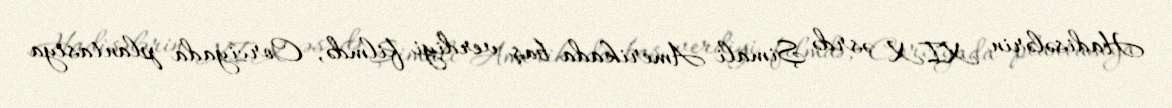
Hadisələrin XIX əsrdə Şimali Amerikada baş verdiyi filmdə, Corciyada plantasiya